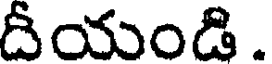
దీయండి .